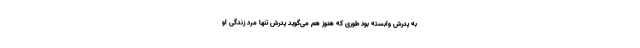
به پدرش وابسته بود طوری که هنوز هم می‌گوید پدرش تنها مرد زندگی او